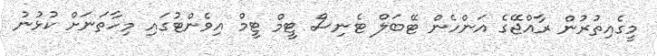
މީގެއިތުރުން ރާއްޖޭގެ އަންހެން ޓޭބަލް ޓެނިސް ޓީމް ޓީމް އިވެންޓުގައި މިހާތަނަށް ކުޅުނު